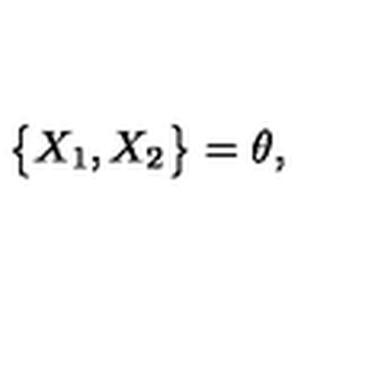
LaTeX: \big \{ X _ { 1 } , X _ { 2 } \big \} = \theta ,